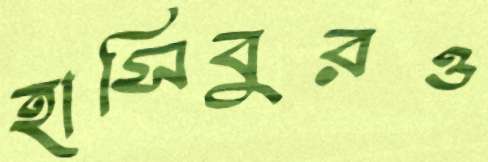
হাসিবুরও